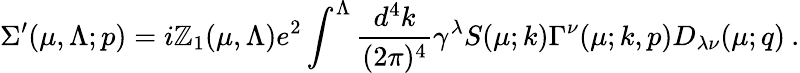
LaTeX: \Sigma^{\prime}(\mu,\Lambda;p)=i\mathbb{Z}_{1}(\mu,\Lambda)e^{2}\int^{\Lambda}\frac{{d^{4}k}}{{(2\pi)^{4}}}\gamma^{\lambda}{S}(\mu;k){\Gamma}^{\nu}(\mu;k,p){D}_{\lambda\nu}(\mu;q)\: .